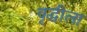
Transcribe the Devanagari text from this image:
वृद्धीला